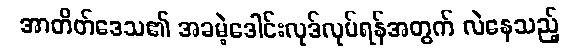
အာတိတ်ဒေသ၏ အခမဲ့ဒေါင်းလုဒ်လုပ်ရန်အတွက် လဲနေသည့်